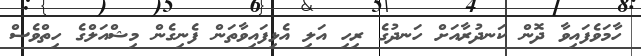
ހާމަވެފައިވާ ދޮން ކަނދުރާއަށް ހަނދުގެ ރިހި އަލި އެޅިފައިވާތަން ފެނިގެން މިޝްއަލްގެ ހިތްވެސް